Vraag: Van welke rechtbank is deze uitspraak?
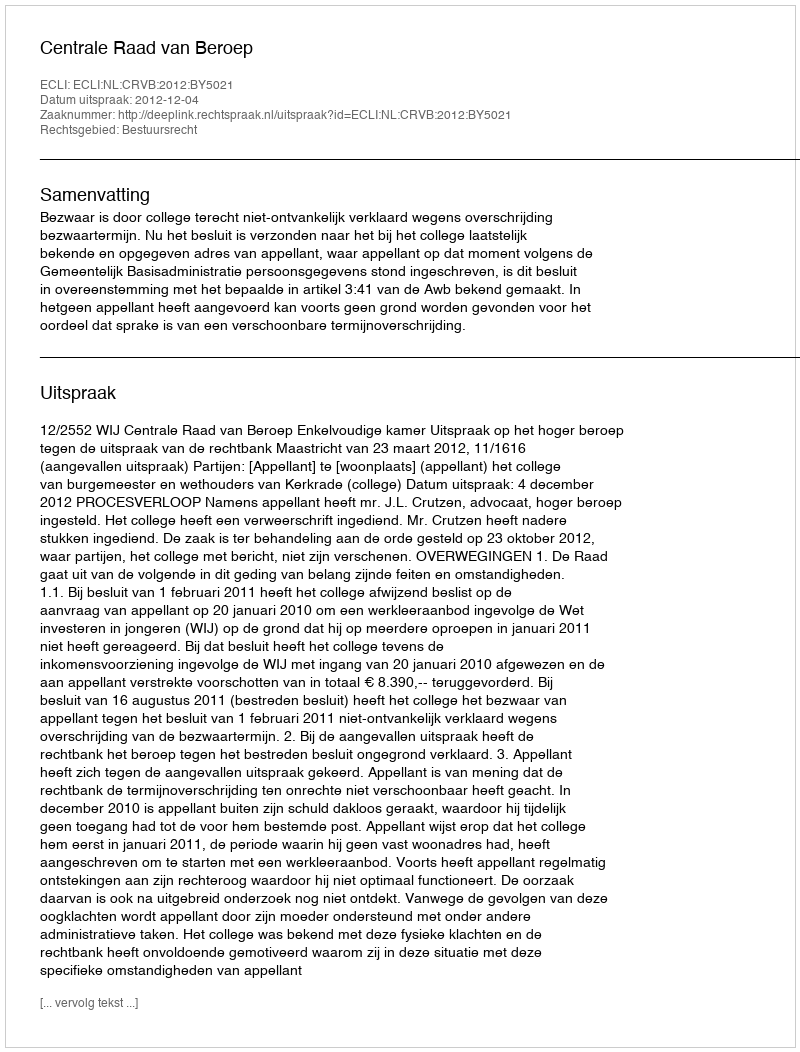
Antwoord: Centrale Raad van Beroep